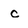
Character: c